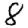
Digit: 8